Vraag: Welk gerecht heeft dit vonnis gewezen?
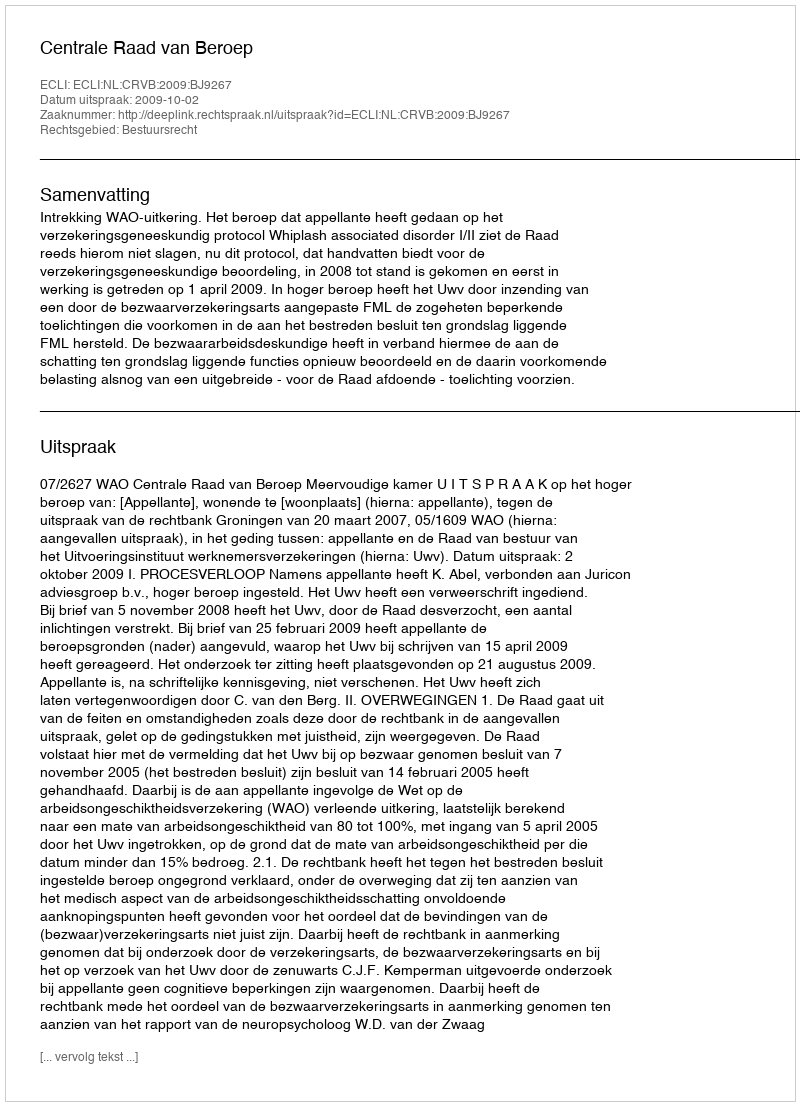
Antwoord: Centrale Raad van Beroep